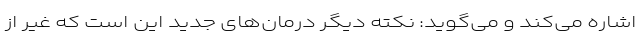
اشاره می‌کند و می‌گوید: نکته دیگر درمان‌های جدید این است که غیر از